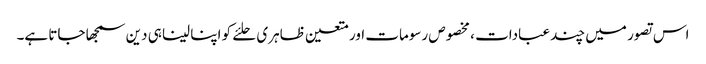
اس تصور میں چند عبادات ، مخصوص رسومات اور متعین ظاہری حلئے کو اپنا لینا ہی دین سمجھا جاتا ہے۔